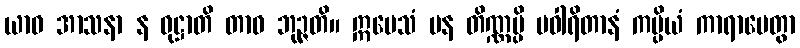
ယာဝ အာသနာ န ဝုဋ္ဌာတိ တာဝ ဘုဉ္ဇတိ။ ဣမေသံ ပန တိဏ္ဏမ္ပိ ပဝါရိတာနံ ကပ္ပိယံ ကာရာပေတွာ